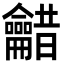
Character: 𮯠